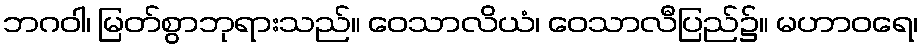
ဘဂဝါ၊ မြတ်စွာဘုရားသည်။ ဝေသာလိယံ၊ ဝေသာလီပြည်၌။ မဟာဝရေ၊